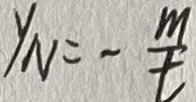
Y _ { N } = - \frac { m } { t }